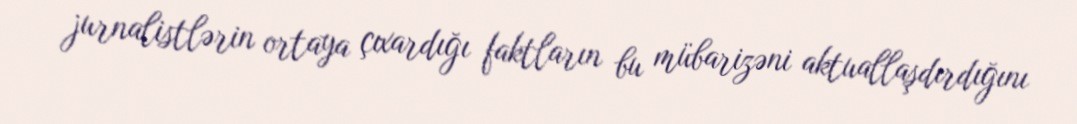
jurnalistlərin ortaya çıxardığı faktların bu mübarizəni aktuallaşdırdığını